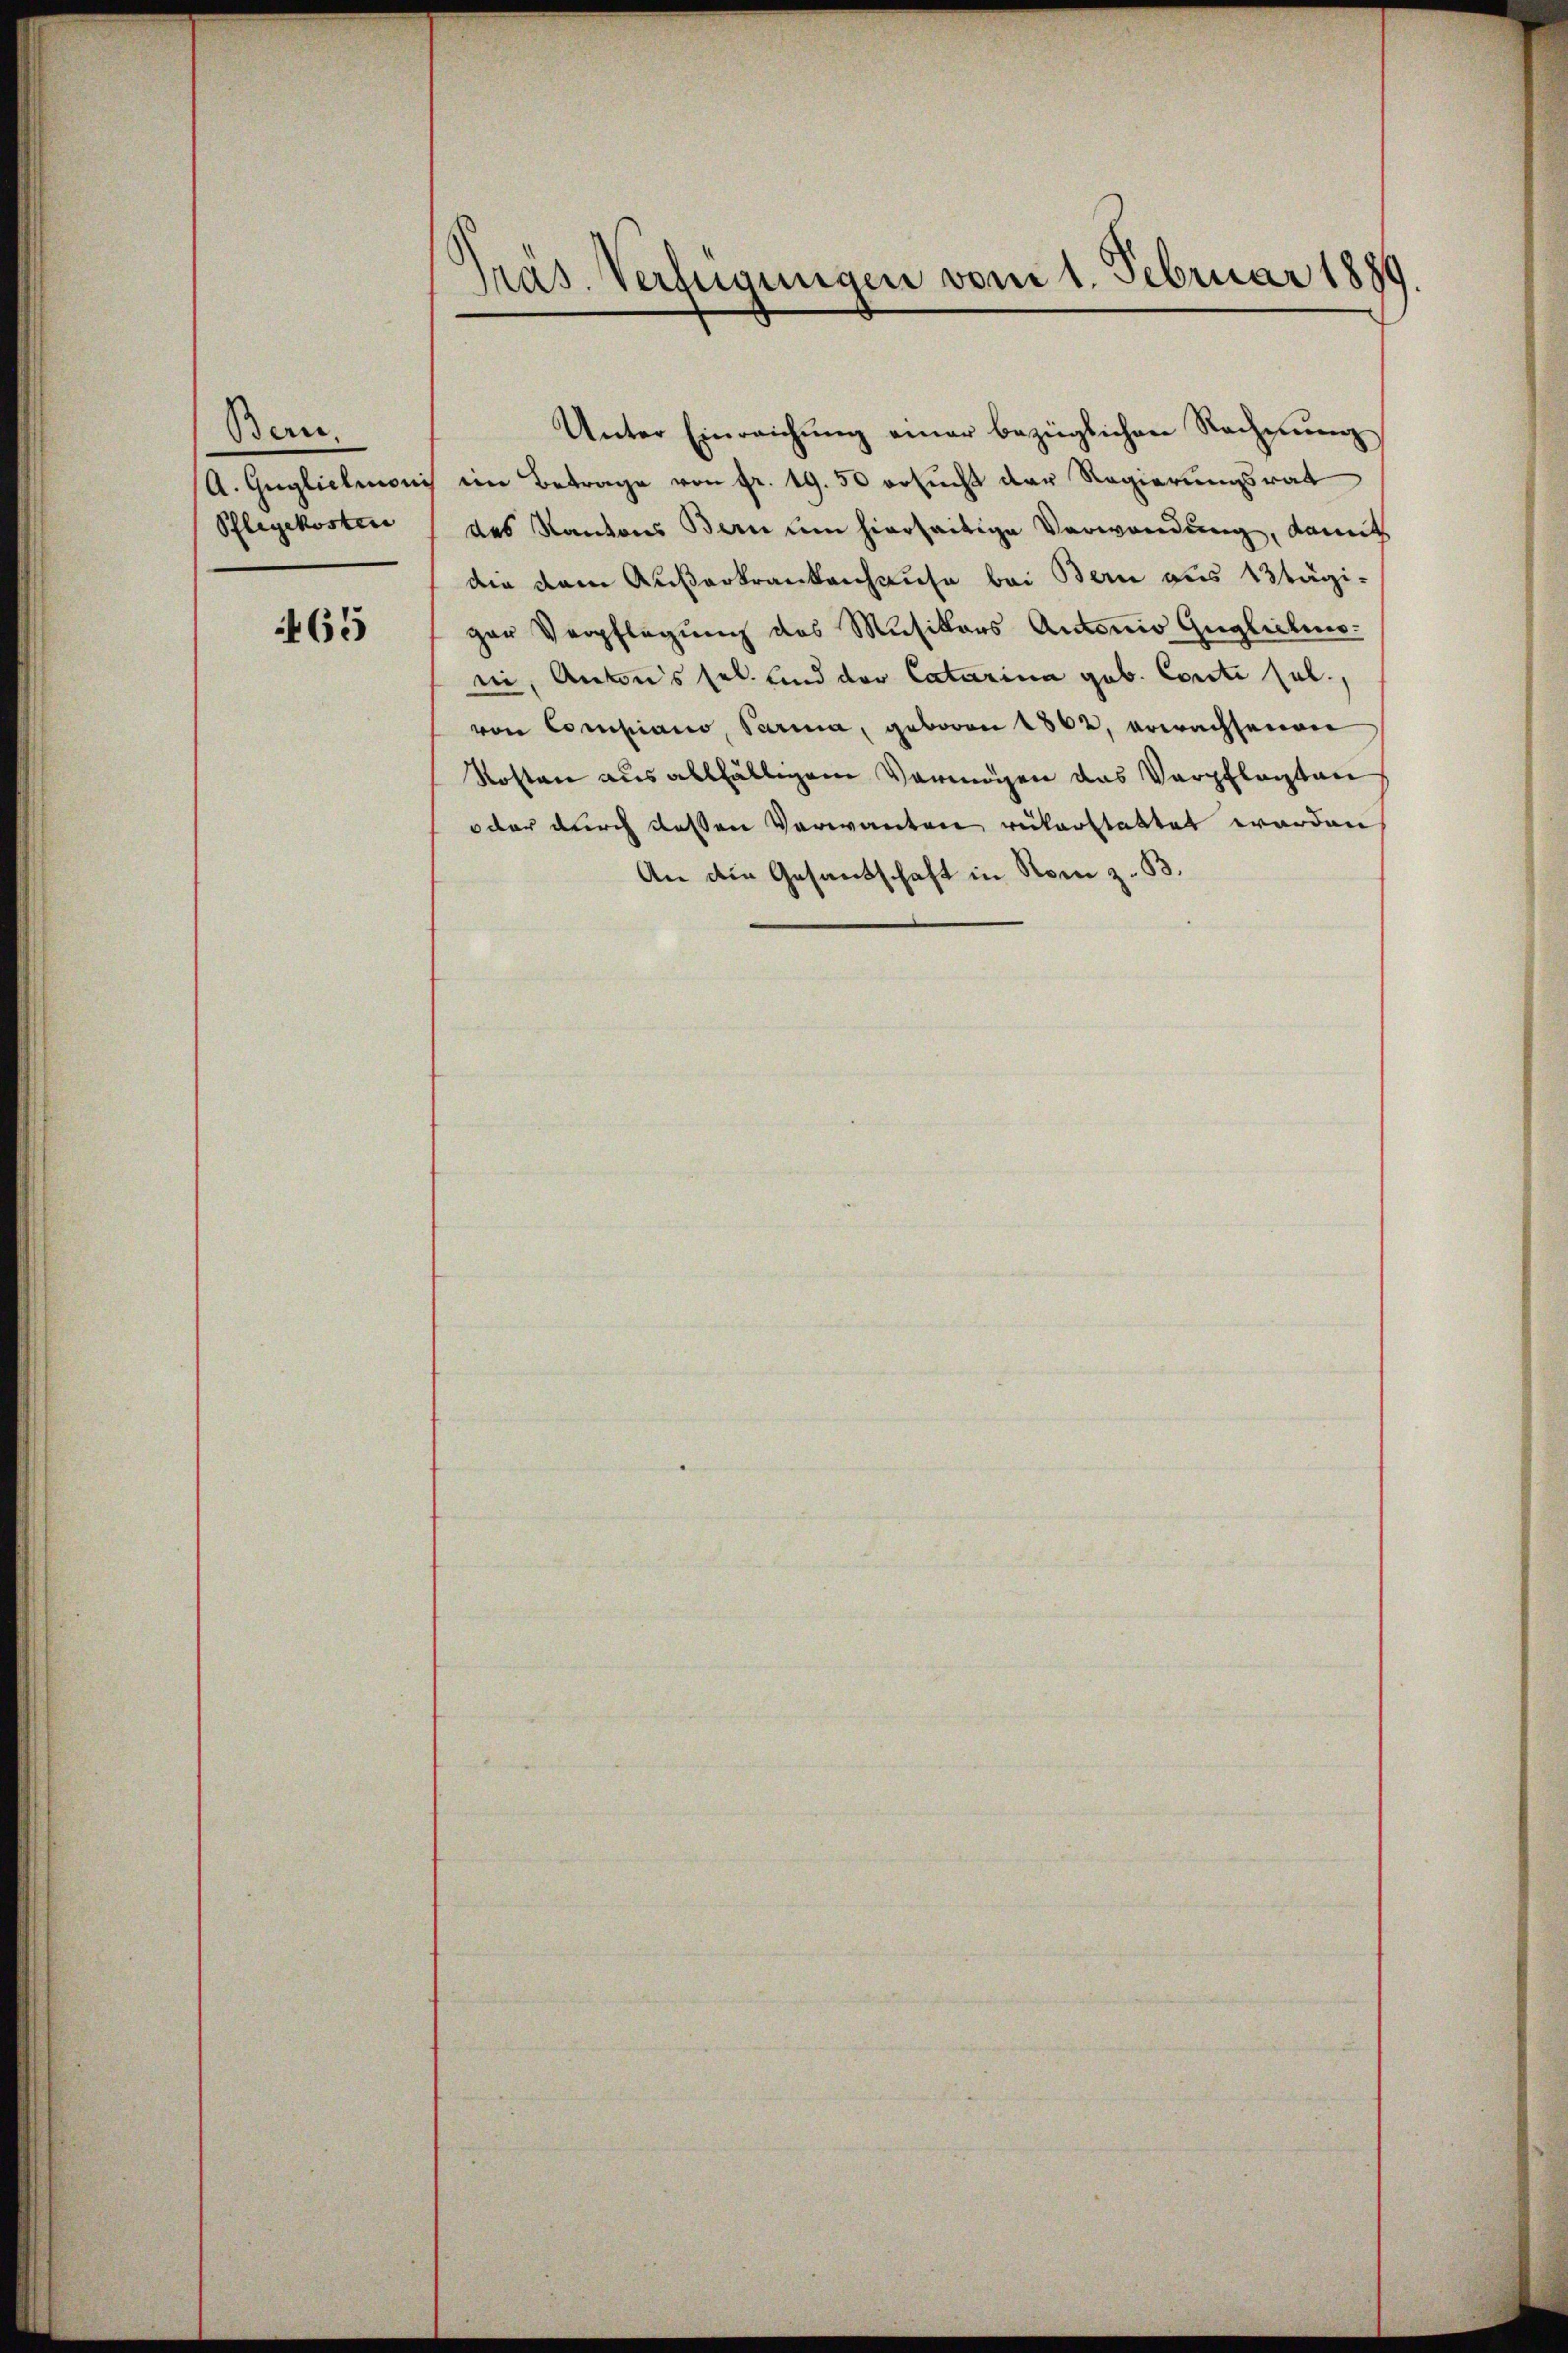
Bern
A. Guglichmoni
Pflegekosten

465

Pras. Verfügungen vom 1. Februar 1889

Unter Einreichŭng einer bezüglichen Rechnŭng
eim Betrage von fr. 19. 50 ersucht der Regierungsrat
des Kantons Bern um hierseitige Verwendung, kannt
dee dem Außerkrankenhause bei Bern aus tägi-
gar Verpflegung des Musikars Antonio Gugliches:
ii, Antons sel. und der Catarina geb. Conti sel.,
von Compiano, Parma, geboren 1862, erwachsenen
Kosten aus allfältigem Vermögen das Verpflegten
oder durch deßen Verwanten rükerstattet worden
An die Gesandschaft in Rom z. B.